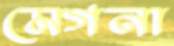
মেগনা